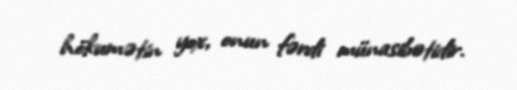
hökumətin yox, onun fərdi münasibətidir.